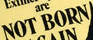
NOT BORN